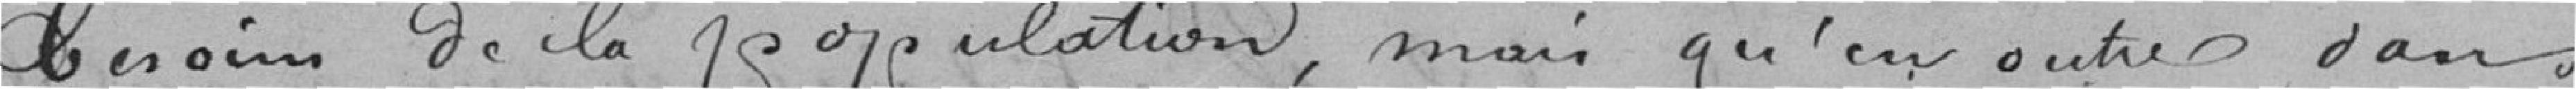
besoins de la population, mais qu'en outre dans